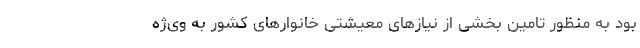
بود به منظور تامین بخشی از نیازهای معیشتی خانوارهای کشور به وی‌ژه